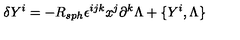
\delta Y ^ { i } = - R _ { s p h } \epsilon ^ { i j k } x ^ { j } \partial ^ { k } \Lambda + \{ Y ^ { i } , \Lambda \}